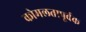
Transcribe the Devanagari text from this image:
कोमलतापूर्वक